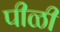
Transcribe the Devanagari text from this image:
पीळी